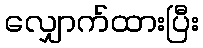
လျှောက်ထားပြီး